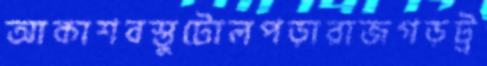
আকাশবস্তুটোলপড়ারাজগড়ট্র